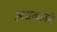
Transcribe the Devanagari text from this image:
अधकावरी